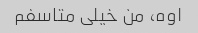
اوه، من خیلی متاسفم